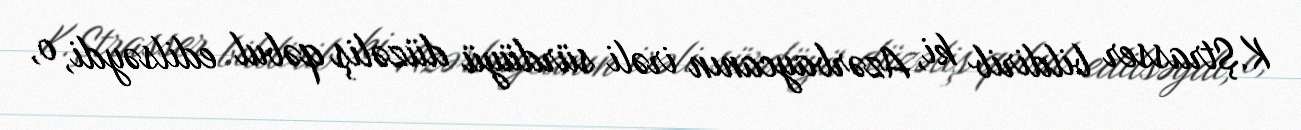
K.Ştrasser bildirib ki, Azərbaycanın irəli sürdüyü düzəliş qəbul edilsəydi, o,